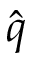
\hat { q }